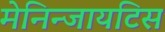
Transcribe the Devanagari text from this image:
मेनिन्जायटिस